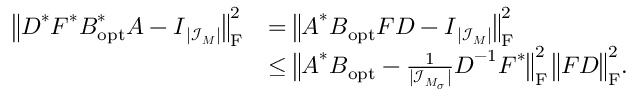
\begin{array} { r l } { \big \| \boldsymbol D ^ { * } \boldsymbol F ^ { * } \boldsymbol B _ { \mathrm { o p t } } ^ { * } \boldsymbol A - \boldsymbol I _ { | \mathcal I _ { \boldsymbol M } | } \big \| _ { \mathrm F } ^ { 2 } } & { = \big \| \boldsymbol A ^ { * } \boldsymbol B _ { \mathrm { o p t } } \boldsymbol F \boldsymbol D - \boldsymbol I _ { | \mathcal I _ { \boldsymbol M } | } \big \| _ { \mathrm F } ^ { 2 } } \\ & { \leq \big \| \boldsymbol A ^ { * } \boldsymbol B _ { \mathrm { o p t } } - \frac { 1 } { | \mathcal I _ { \boldsymbol M _ { \boldsymbol \sigma } } | } \boldsymbol D ^ { - 1 } \boldsymbol F ^ { * } \big \| _ { \mathrm F } ^ { 2 } \, \big \| \boldsymbol F \boldsymbol D \big \| _ { \mathrm F } ^ { 2 } . } \end{array}